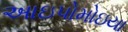
આઇપોમોઇયા